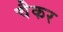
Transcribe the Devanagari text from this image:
चैकर